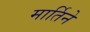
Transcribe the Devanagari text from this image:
मार्तिने